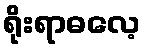
ရိုးရာဓလေ့